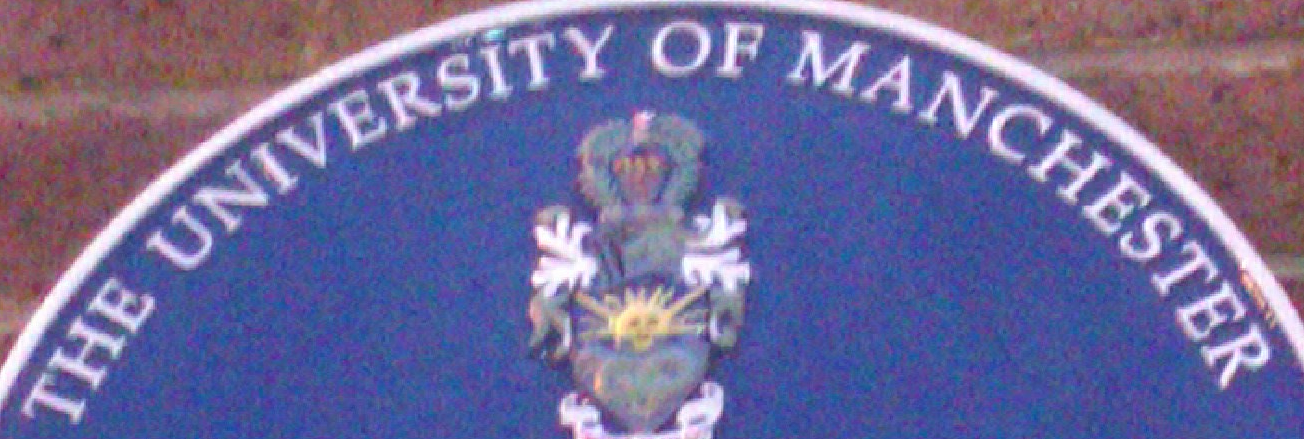
THE UNIVERSITY OF MANCHESTER